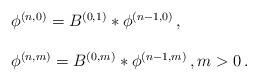
\begin{align*} \begin{array}{l}\phi^{(n,0)} = B^{(0,1)}* \phi^{(n-1,0)}\,, \\ \\\phi^{(n,m)} = B^{(0,m)}* \phi^{(n-1,m)}\,, m >0\,.\end{array}\end{align*}